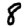
Digit: 8